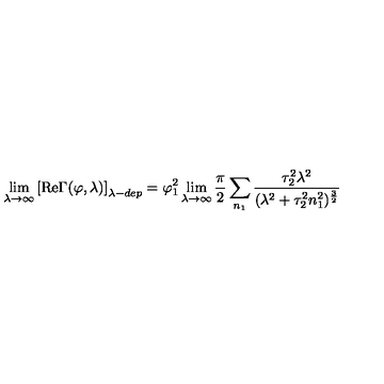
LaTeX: \lim _ { \lambda \to \infty } \left[ \mathrm { R e } \Gamma ( \varphi , \lambda ) \right] _ { \lambda - d e p } = \varphi _ { 1 } ^ { 2 } \lim _ { \lambda \to \infty } \frac { \pi } { 2 } \sum _ { n _ { 1 } } \frac { \tau _ { 2 } ^ { 2 } \lambda ^ { 2 } } { ( \lambda ^ { 2 } + \tau _ { 2 } ^ { 2 } n _ { 1 } ^ { 2 } ) ^ { \frac { 3 } { 2 } } } \,